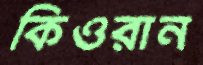
কিওরান